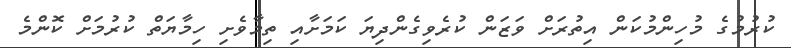
ކުރުމުގެ މުހިންމުކަން އިތުރަށް ވަޒަން ކުރެވިގެންދިޔަ ކަމަށާއި ތިމާވެށި ހިމާޔަތް ކުރުމަށް ކޮންމެ